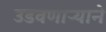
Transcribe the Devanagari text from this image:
उडवणाऱ्याने